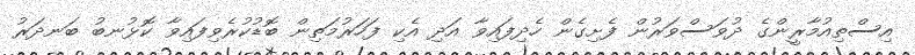
އިސްތިއުމާރީންގެ ދުވަސްވަރުން ފެށިގެން ހެދިފައިވާ އަދި އެކި ފަހަރުމަތިން ބޮޑުކުރެވިފައިވާ ކޮޅުނބު ބަނދަރު